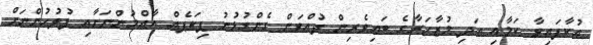
އުކާފައިވާ ކަމާއި އަދި މުޒާހަރާގެ ބައިވެރިން ދުއްވަން ގެންގުޅުނު ޕިކަޕެއް އާއްމުންނަށާއި ފުލުހުންނަށް